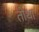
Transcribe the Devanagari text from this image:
तोथा